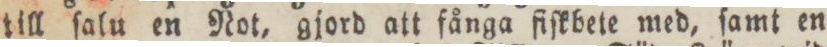
till ſalu en Not, gjord att fånga fiſkbete med, ſamt en